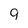
Character: 9